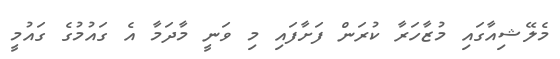
މެލޭޝިއާގައި މުޒާހަރާ ކުރަން ފަށާފައި މި ވަނީ މާދަމާ އެ ގައުމުގެ ގައުމީ